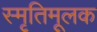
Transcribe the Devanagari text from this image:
स्मृतिमूलक